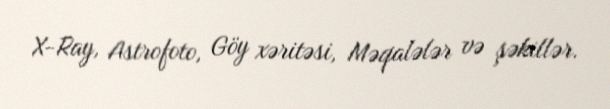
X-Ray, Astrofoto, Göy xəritəsi, Məqalələr və şəkillər.